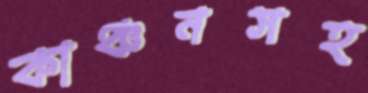
কাঞ্চনসহ